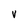
Character: v